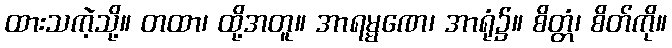
ထားသကဲ့သို့။ တထာ၊ ထို့အတူ။ အာရမ္မဏေ၊ အာရုံ၌။ စိတ္တံ၊ စိတ်ကို။